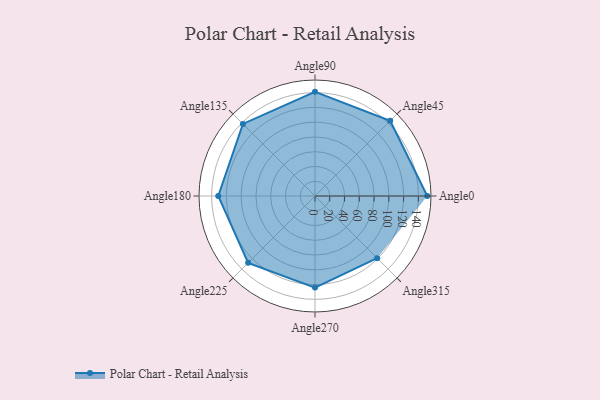
{"axis": {"x": "Angle", "y": "Radius"}, "legend": [""], "data": [{"x": "Angle0", "y": 152.0, "type": ""}, {"x": "Angle45", "y": 144.0, "type": ""}, {"x": "Angle90", "y": 141.0, "type": ""}, {"x": "Angle135", "y": 138.0, "type": ""}, {"x": "Angle180", "y": 131.0, "type": ""}, {"x": "Angle225", "y": 128.0, "type": ""}, {"x": "Angle270", "y": 124.0, "type": ""}, {"x": "Angle315", "y": 119.0, "type": ""}]}